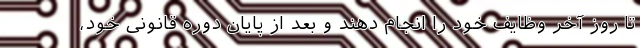
تا روز آخر وظایف خود را انجام دهند و بعد از پایان دوره قانونی خود،